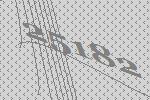
25182